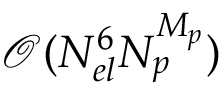
\mathcal { O } ( N _ { e l } ^ { 6 } N _ { p } ^ { M _ { p } } )